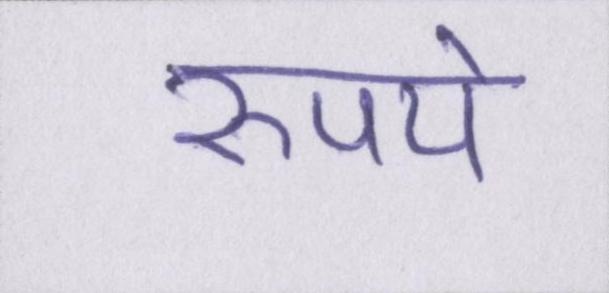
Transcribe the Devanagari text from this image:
रुपये